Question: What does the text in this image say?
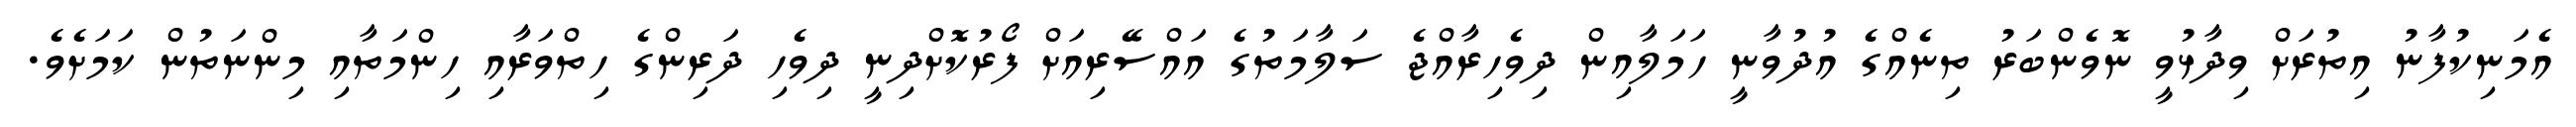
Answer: އެމަނިކުފާނު އިތުރަށް ވިދާޅުވީ ނޮވެންބަރު ތިނެއްގެ އުދުވާނީ ހަމަލާއިން ދިވެހިރާއްޖެ ސަލާމަތުގެ އައްސޭރިއަށް ފޯރުކޮށްދިނީ ދިވެހި ދަރިންގެ ހިތްވަރާއި ހިންމަތާއި މިންނަތުން ކަމަށެވެ.